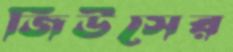
জিউসের